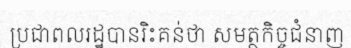
ប្រជាពលរដ្ឋបានរិះគន់ថា សមត្ថកិច្ចជំនាញ